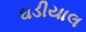
ઘડીયાલ